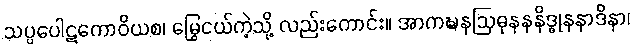
သပ္ပပေါဋကောဝိယစ၊ မြွေငယ်ကဲ့သို့ လည်းကောင်း။ အာကဍ္ဎနဩဓုနနနိဒ္ဓုနနာဒိနာ၊